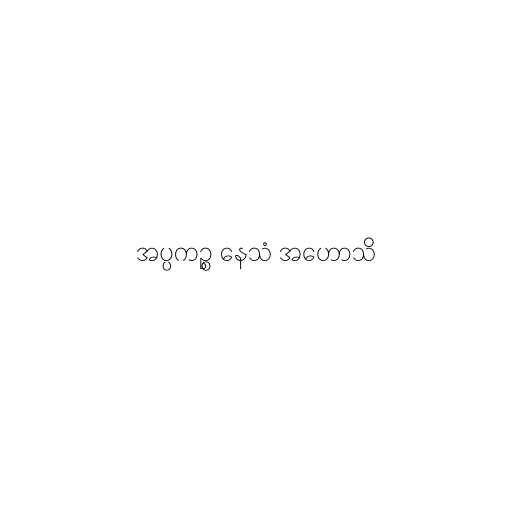
အပ္ပကဉ္စ နေသံ အဟောသိ